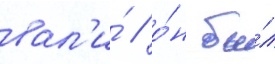
вал'и́ / о́н бы́л